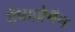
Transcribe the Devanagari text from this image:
टेपाज़ेमैन